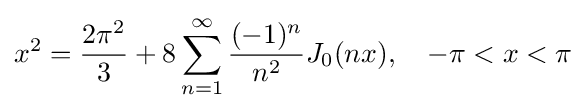
x^{2}={\frac {2\pi ^{2}}{3}}+8\sum _{n=1}^{\infty }{\frac {(-1)^{n}}{n^{2}}}J_{0}(nx),\quad -\pi <x<\pi